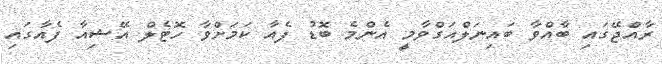
ރާއްޖޭގައި ބާއްވާ ބައިނަލްއަގްވާމީ އެންމެ ބޮޑު ފެއާ ކަމަށްވާ ހޮޓެލް އޭޝިއާ ފެއާގައި